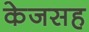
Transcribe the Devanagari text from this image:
केजसह